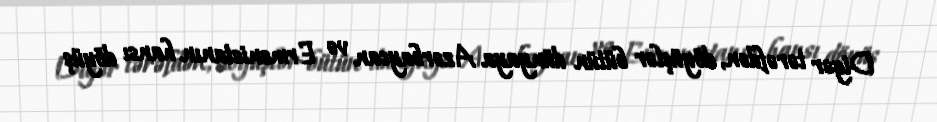
Digər tərəfdən, döyüşlər bütün dünyaya Azərbaycan və Ermənistanın hansı döyüş